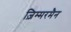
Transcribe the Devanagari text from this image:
ज़िम्मरमैन